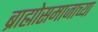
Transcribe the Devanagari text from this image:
ब्राह्मोसमाजाच्या